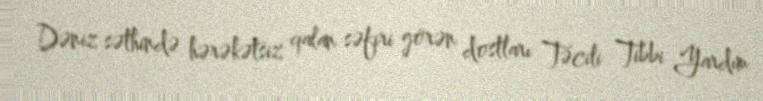
Dəniz səthində hərəkətsiz qalan səfiri görən dostları Təcili Tibbi Yardım